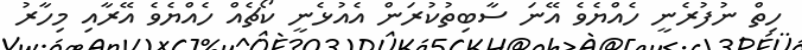
ހިތް ނުފުރެނީ ހެއްޔެވެ އޭނަ ސާބިތުކުރަން އެއުޅެނީ ކޯޗެއް ހެއްޔެވެ އޭރާއި މިހާރު